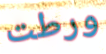
ورطت